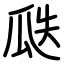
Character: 瓞